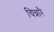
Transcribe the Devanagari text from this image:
चिन्नारै